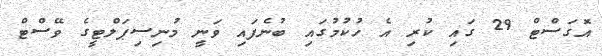
އޮގަސްޓް 29 ގައި ކުރި އެ ހުކުމުގައި ބުނެފައި ވަނީ މުނިސިޕަލްޓީގެ ވޭސްޓް